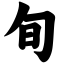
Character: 旬